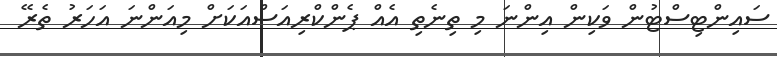
ސައިންޓިސްޓުން ވަކިން އިންނަ މި ތިނެތި އެއް ޕެންކްރިއަސްއަކަށް މިއަންނަ އަހަރު ތެރޭ